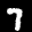
Label: 7